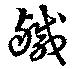
鹹